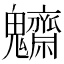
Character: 𩵃